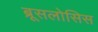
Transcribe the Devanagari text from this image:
ब्रूसलोसिस